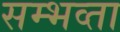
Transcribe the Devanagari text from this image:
सम्भव्ता